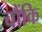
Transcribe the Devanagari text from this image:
चौंकि